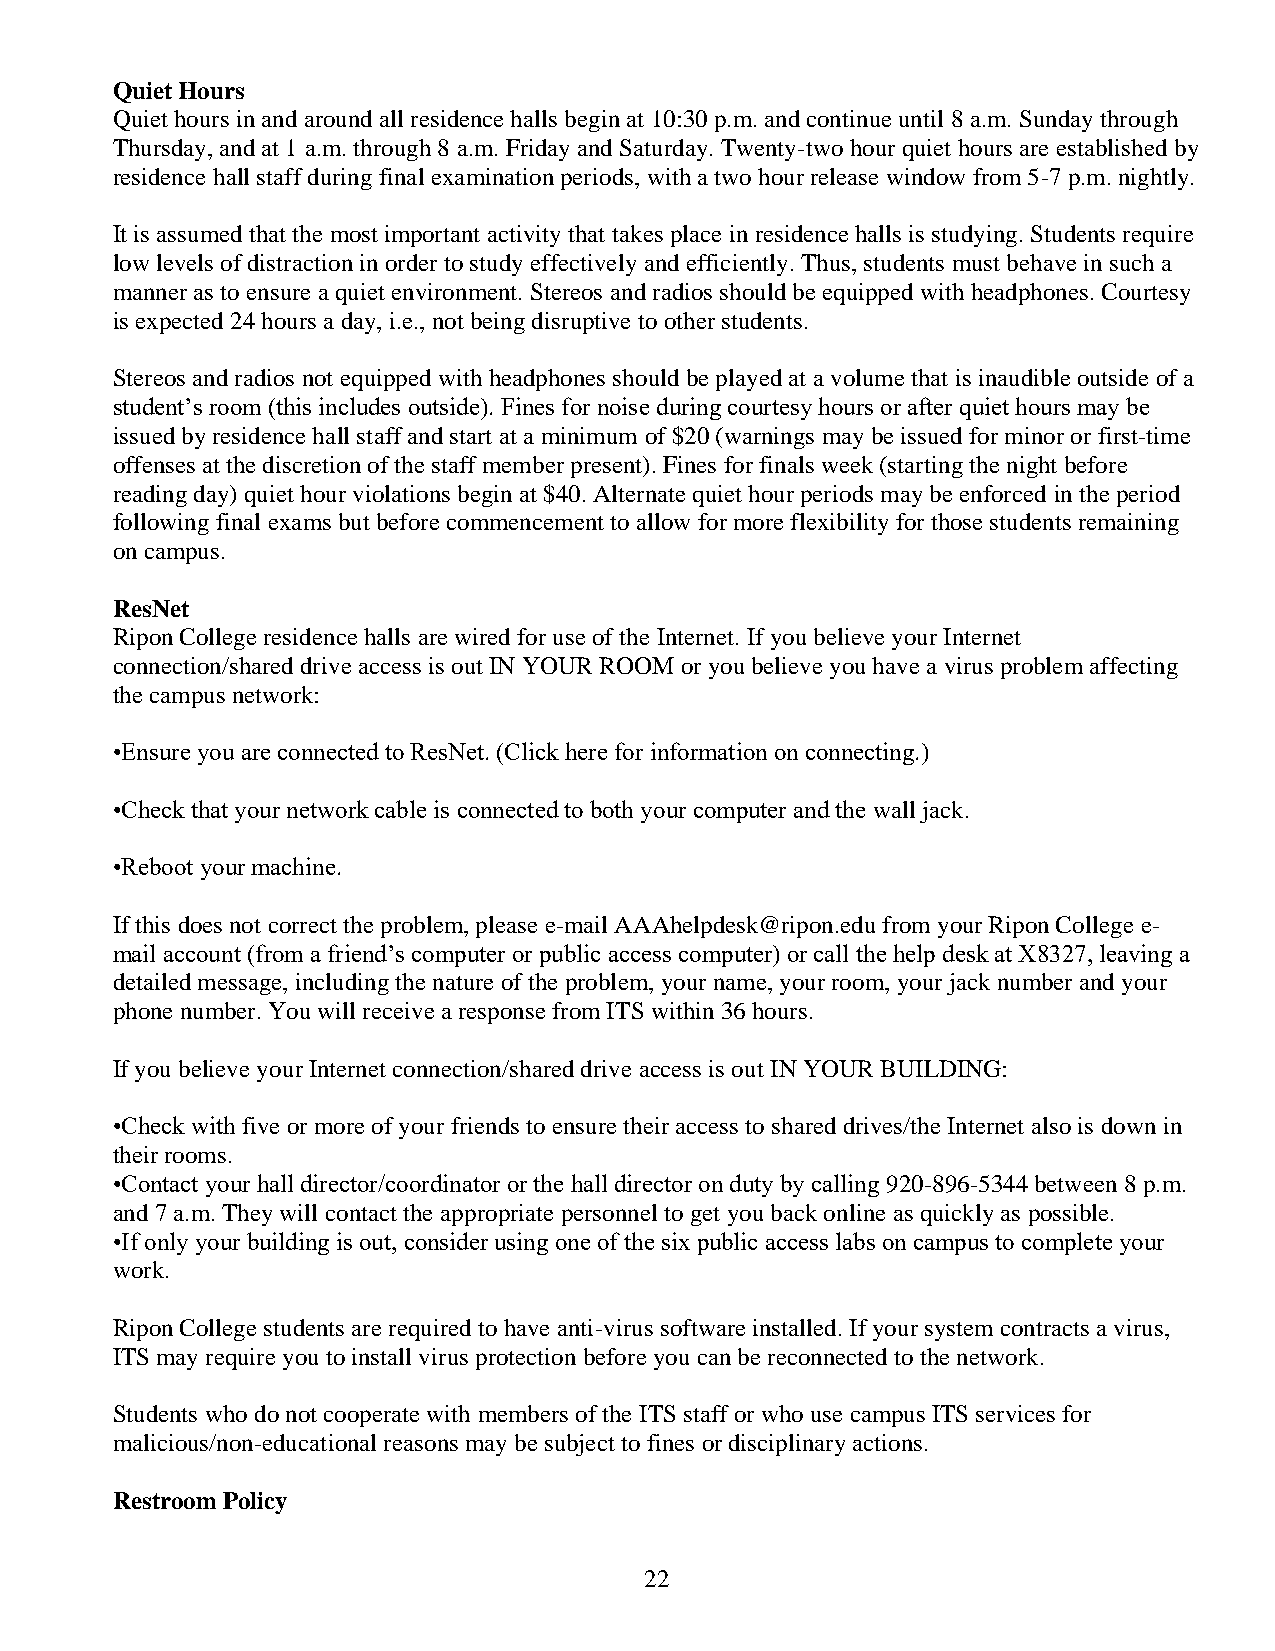
Quiet Hours
 Quiet hours in and around all residence halls begin at 10:30 p.m. and continue until 8 a.m. Sunday through
 Thursday, and at 1 a.m. through 8 a.m. Friday and Saturday. Twenty-two hour quiet hours are established by
 residence hall staff during final examination periods, with a two hour release window from 5-7 p.m. nightly.
 It is assumed that the most important activity that takes place in residence halls is studying. Students require
 low levels of distraction in order to study effectively and efficiently. Thus, students must behave in such a
 manner as to ensure a quiet environment. Stereos and radios should be equipped with headphones. Courtesy
 is expected 24 hours a day, i.e., not being disruptive to other students.
 Stereos and radios not equipped with headphones should be played at a volume that is inaudible outside of a
 student’s room (this includes outside). Fines for noise during courtesy hours or after quiet hours may be
 issued by residence hall staff and start at a minimum of $20 (warnings may be issued for minor or first-time
 offenses at the discretion of the staff member present). Fines for finals week (starting the night before
 reading day) quiet hour violations begin at $40. Alternate quiet hour periods may be enforced in the period
 following final exams but before commencement to allow for more flexibility for those students remaining
 on campus.
 ResNet
 Ripon College residence halls are wired for use of the Internet. If you believe your Internet
 connection/shared drive access is out IN YOUR ROOM or you believe you have a virus problem affecting
 the campus network:
 •Ensure you are connected to ResNet. (Click here for information on connecting.)
 •Check that your network cable is connected to both your computer and the wall jack.
 •Reboot your machine.
 If this does not correct the problem, please e-mail AAAhelpdesk@ripon.edu from your Ripon College e-
 mail account (from a friend’s computer or public access computer) or call the help desk at X8327, leaving a
 detailed message, including the nature of the problem, your name, your room, your jack number and your
 phone number. You will receive a response from ITS within 36 hours.
 If you believe your Internet connection/shared drive access is out IN YOUR BUILDING:
 •Check with five or more of your friends to ensure their access to shared drives/the Internet also is down in
 their rooms.
 •Contact your hall director/coordinator or the hall director on duty by calling 920-896-5344 between 8 p.m.
 and 7 a.m. They will contact the appropriate personnel to get you back online as quickly as possible.
 •If only your building is out, consider using one of the six public access labs on campus to complete your
 work.
 Ripon College students are required to have anti-virus software installed. If your system contracts a virus,
 ITS may require you to install virus protection before you can be reconnected to the network.
 Students who do not cooperate with members of the ITS staff or who use campus ITS services for
 malicious/non-educational reasons may be subject to fines or disciplinary actions.
 Restroom Policy
 22